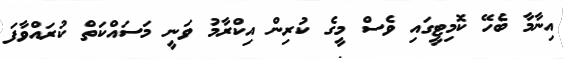
އިނާމާ ބެހޭ ކޮމިޓީގައި ވެސް މީގެ ކުރިން އިކްރާމު ވަނީ މަސައްކަތް ކުރައްވާފަ